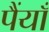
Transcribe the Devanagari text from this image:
पैंयाँ